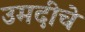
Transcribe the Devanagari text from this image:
उमदीचे